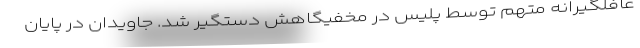
غافلگیرانه متهم توسط پلیس در مخفیگاهش دستگیر شد. جاویدان در پایان